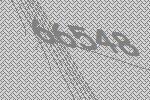
66548